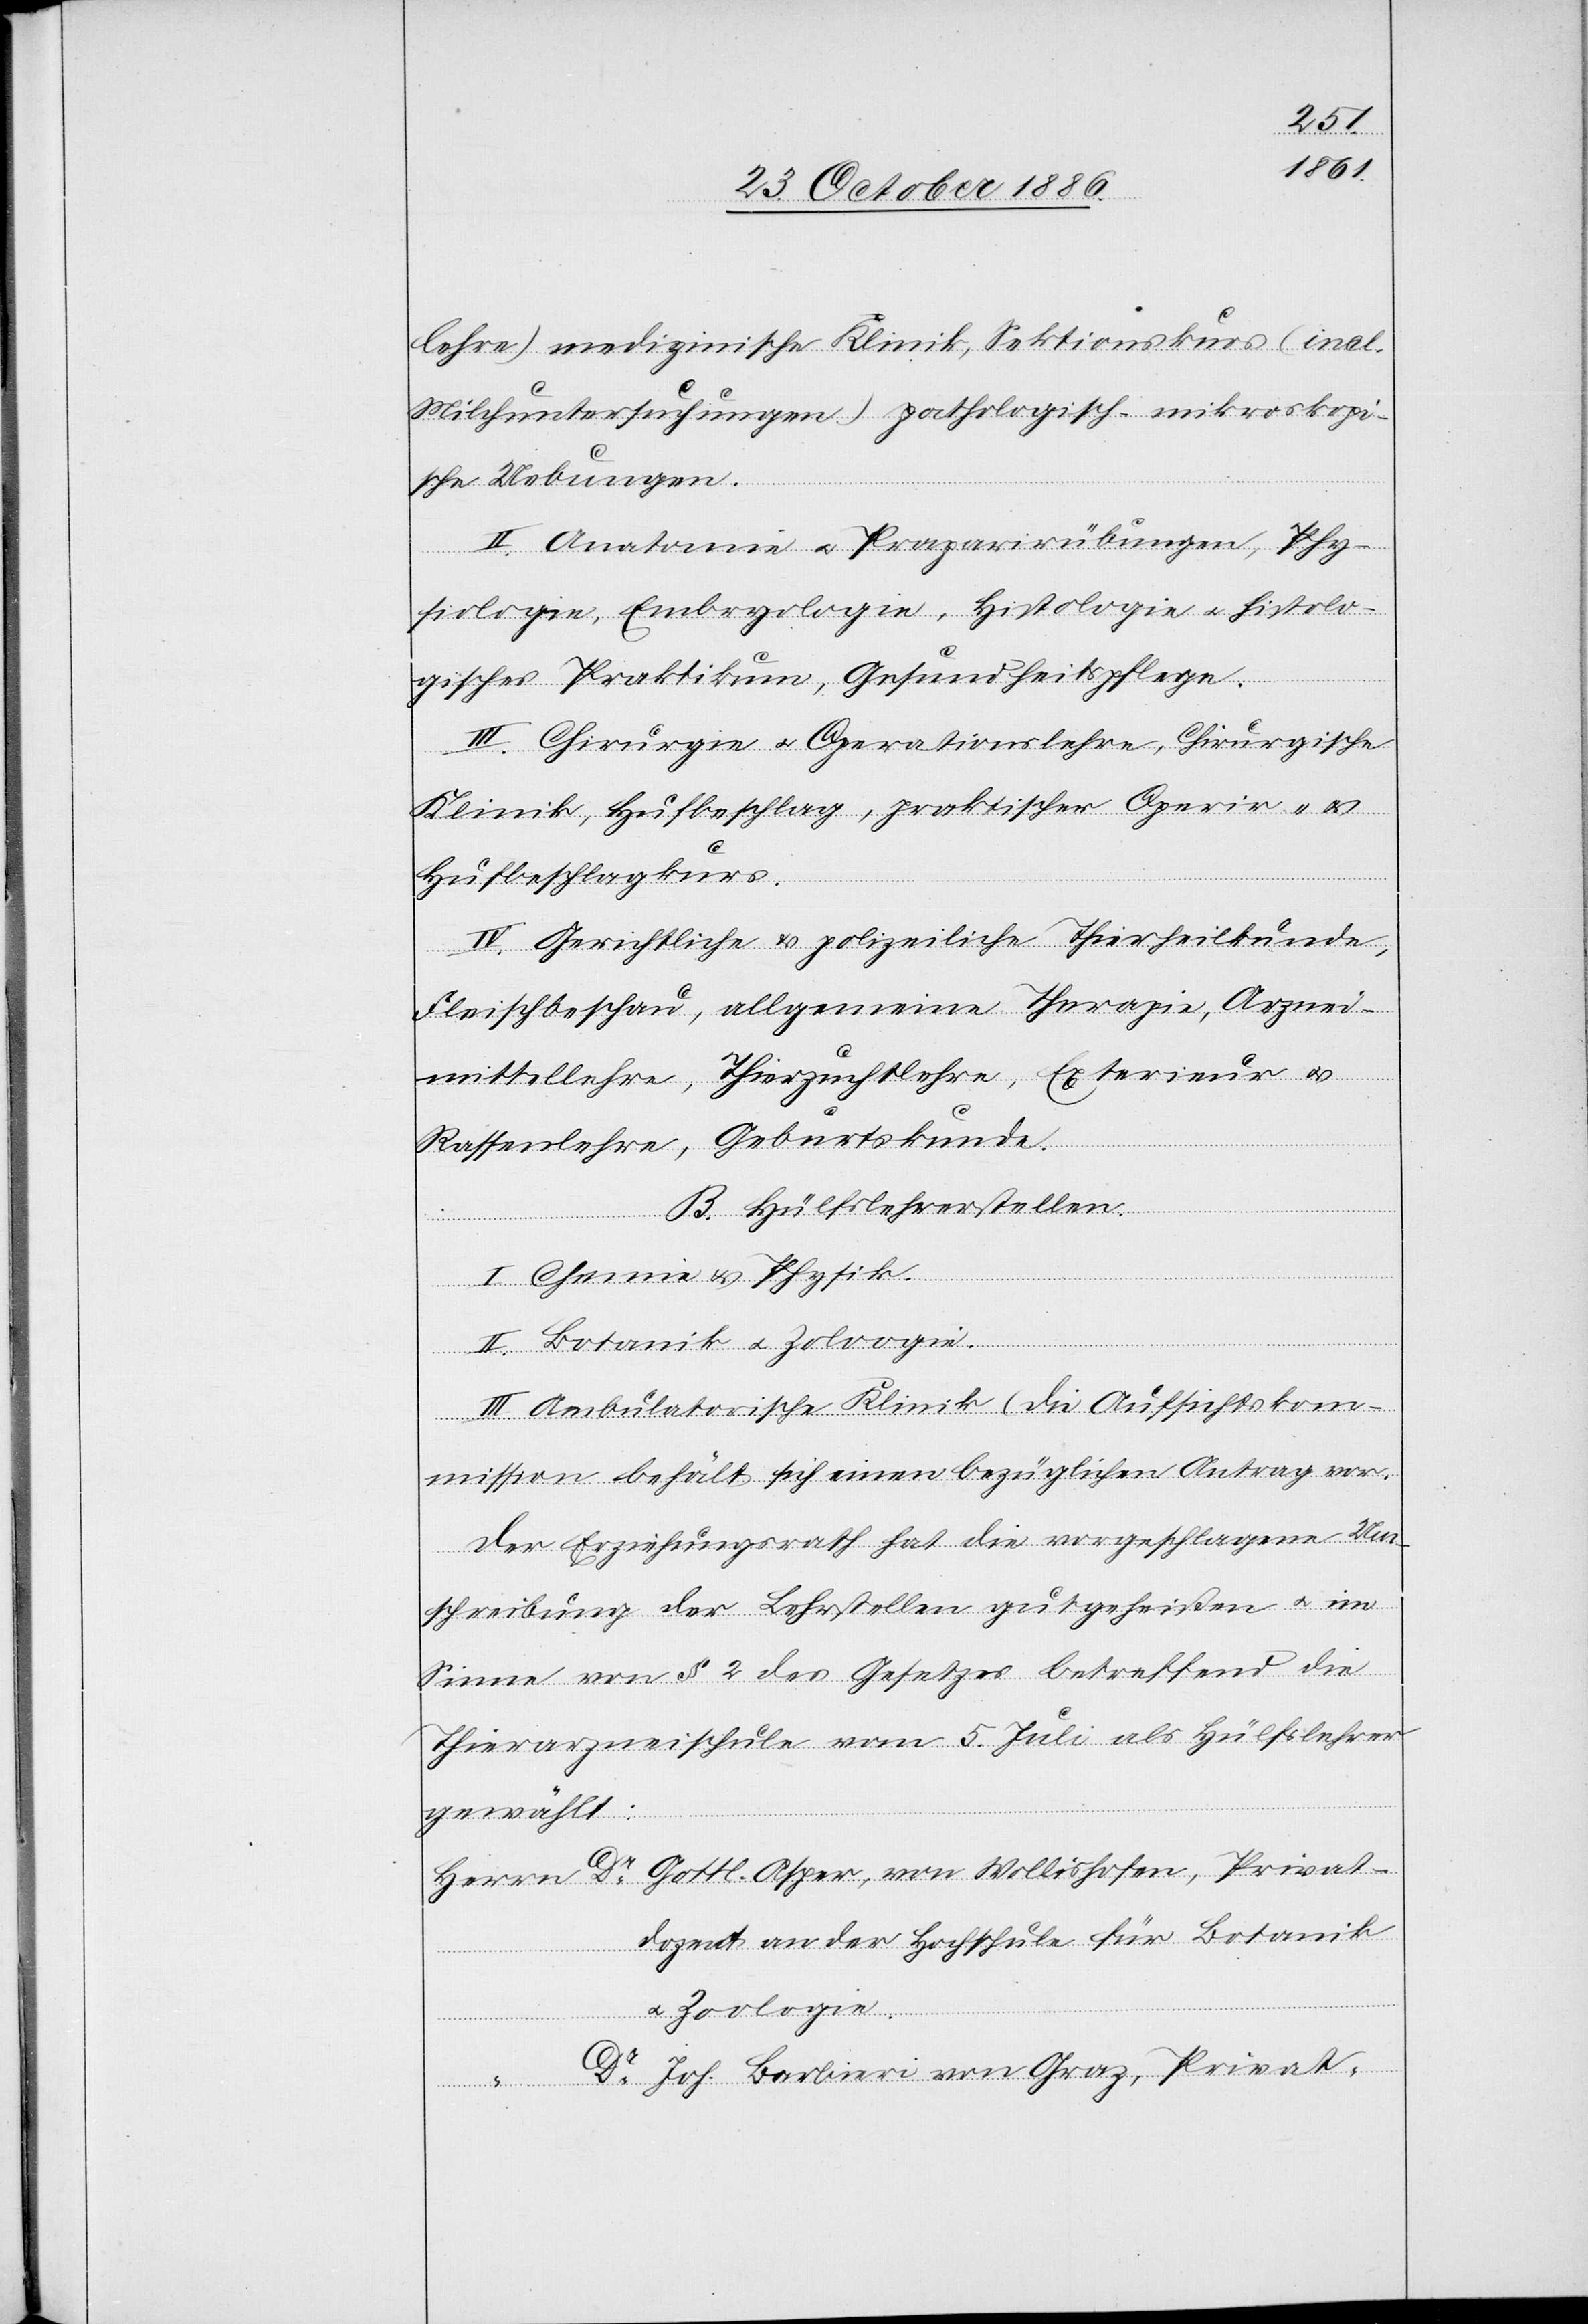
lehre) medizinische Klinik, Sektionskurs (incl.
Milchuntersuchungen) pathologisch-mikroskopi¬
sche Uebungen.
II. Anatomie & Praparirübungen [si¬
siologie, Embryologie, Histologie & histolo¬
gisches Praktikum, Gesundheitspflege.
III. Chirurgie & Operationslehre, Chirurgische
Klinik, Hufbeschlag, praktischer Operir- &
Hufbeschlagkurs.
IV. Gerichtliche & polizeiliche Thierheilkunde,
Fleischbeschau, allgemeine Therapie, Arznei¬
mittellehre, Thierzuchtlehre, Exterieur &
Rassenlehre, Geburtskunde.
B. Hülfslehrerstellen.
I. Chemie & Physik.
II. Botanik & Zoloogie
III. Ambulatorische Klinik (Die Aufsichtskom¬
mission behält sich einen bezüglichen Antrag vor.)
Der Erziehungsrath hat die vorgeschlagene Um¬
schreibung der Lehrstellen gutgeheißen & im
Sinne von § 2 des Gesetzes betreffend die
Thierarzneischule vom 5. Juli als Hülfslehrer
gewählt:
Dr Gottl. Asper, von Wollishofen, Privat¬
dozent an der Hochschule für Botanik
& Zoologie.
“
Dr Joh. Barbieri von Graz, Privat-